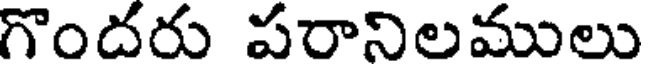
గొందరు పరానిలములు